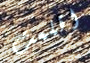
اقلعت